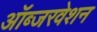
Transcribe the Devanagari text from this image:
ऑब्जरवेशन